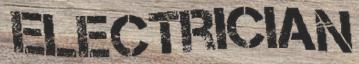
ELECTRICIAN